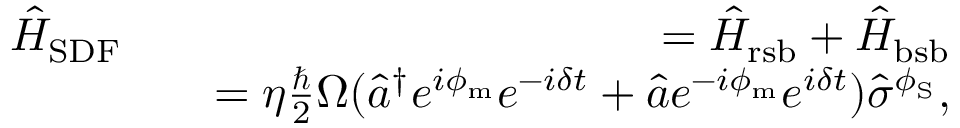
\begin{array} { r l r } { \hat { H } _ { \mathrm { S D F } } } & { } & { = \hat { H } _ { \mathrm { r s b } } + \hat { H } _ { \mathrm { b s b } } } \\ & { } & { = \eta \frac { \hbar } { 2 } \Omega ( \hat { a } ^ { \dagger } e ^ { i \phi _ { \mathrm { m } } } e ^ { - i \delta t } + \hat { a } e ^ { - i \phi _ { \mathrm { m } } } e ^ { i \delta t } ) \hat { \sigma } ^ { \phi _ { \mathrm { S } } } , } \end{array}